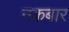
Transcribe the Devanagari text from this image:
नकबार